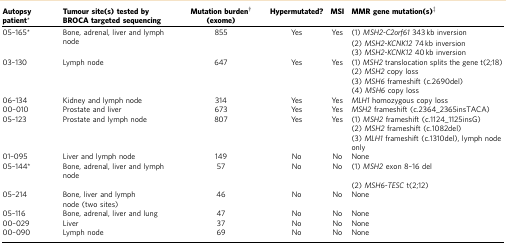
<table><thead><tr><td><b>Autopsy patient*</b></td><td><b>Tumour site(s) tested by BROCA targeted sequencing</b></td><td><b>Mutation burden†(exome)</b></td><td><b>Hypermutated?</b></td><td><b>MSI</b></td><td><b>MMR gene mutation(s)‡</b></td></tr></thead><tbody><tr><td>05–165*</td><td>Bone, adrenal, liver and lymph node</td><td>855</td><td>Yes</td><td>Yes</td><td>(1) <i>MSH2</i>-<i>C2orf61</i> 343 kb inversion</td></tr><tr><td> </td><td> </td><td> </td><td> </td><td> </td><td>(2) <i>MSH2</i>-<i>KCNK12</i> 74 kb inversion</td></tr><tr><td> </td><td> </td><td> </td><td> </td><td> </td><td>(3) <i>MSH2-KCNK12</i> 40 kb inversion</td></tr><tr><td>03–130</td><td>Lymph node</td><td>647</td><td>Yes</td><td>Yes</td><td>(1) <i>MSH2</i> translocation splits the gene t(2;18)</td></tr><tr><td> </td><td> </td><td> </td><td> </td><td> </td><td>(2) <i>MSH2</i> copy loss</td></tr><tr><td> </td><td> </td><td> </td><td> </td><td> </td><td>(3) <i>MSH6</i> frameshift (c.2690del)</td></tr><tr><td> </td><td> </td><td> </td><td> </td><td> </td><td>(4) <i>MSH6</i> copy loss</td></tr><tr><td>06–134</td><td>Kidney and lymph node</td><td>314</td><td>Yes</td><td>Yes</td><td><i>MLH1</i> homozygous copy loss</td></tr><tr><td>00–010</td><td>Prostate and liver</td><td>673</td><td>Yes</td><td>Yes</td><td><i>MSH2</i> frameshift (c.2364_2365insTACA)</td></tr><tr><td>05–123</td><td>Prostate and lymph node</td><td>807</td><td>Yes</td><td>Yes</td><td>(1) <i>MSH2</i> frameshift (c.1124_1125insG)</td></tr><tr><td> </td><td> </td><td> </td><td> </td><td> </td><td>(2) <i>MSH2</i> frameshift (c.1082del)</td></tr><tr><td> </td><td> </td><td> </td><td> </td><td> </td><td>(3) <i>MLH1</i> frameshift (c.1310del), lymph node only</td></tr><tr><td>01–095</td><td>Liver and lymph node</td><td>149</td><td>No</td><td>No</td><td>None</td></tr><tr><td>05–144*</td><td>Bone, adrenal, liver and lymph node</td><td>57</td><td>No</td><td>No</td><td>(1) <i>MSH2</i> exon 8–16 del</td></tr><tr><td> </td><td> </td><td> </td><td> </td><td> </td><td>(2) <i>MSH6-TESC</i> t(2;12)</td></tr><tr><td>05–214</td><td>Bone, liver and lymph node (two sites)</td><td>46</td><td>No</td><td>No</td><td>None</td></tr><tr><td>05–116</td><td>Bone, adrenal, liver and lung</td><td>47</td><td>No</td><td>No</td><td>None</td></tr><tr><td>00–029</td><td>Liver</td><td>37</td><td>No</td><td>No</td><td>None</td></tr><tr><td>00–090</td><td>Lymph node</td><td>69</td><td>No</td><td>No</td><td>None</td></tr></tbody></table>